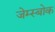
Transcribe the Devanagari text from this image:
जेम्स्बोक